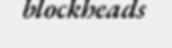
blockheads